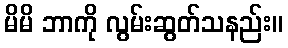
မိမိ ဘာကို လွမ်းဆွတ်သနည်း။